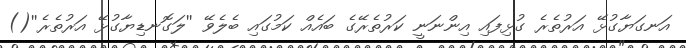
އަނގަޔާގުޅޭ އަރުތެރެ ގުޅިފައި އިންނަނީ ކަރުތެރޭގެ ބައެއް ކަމުގައި ބެލެވޭ ''ލަގޮނޑިޔާގުޅޭ އަރުތެރެ''()